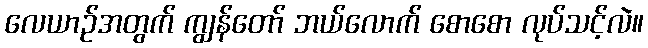
လေယာဉ်အတွက် ကျွန်တော် ဘယ်လောက် စောစော လုပ်သင့်လဲ။